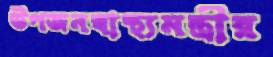
উপজনস্বাস্থ্যমন্ত্রীর